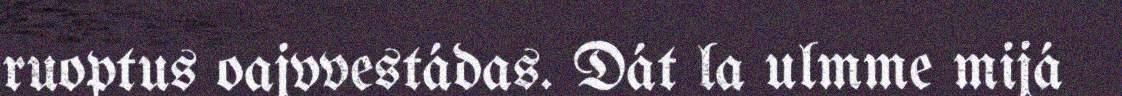
ruoptus oajvvestádas. Dát la ulmme mijá